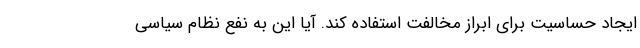
ایجاد حساسیت برای ابراز مخالفت استفاده کند. آیا این به نفع نظام سیاسی